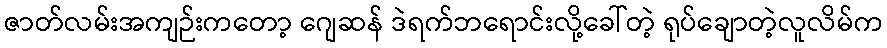
ဇာတ်လမ်းအကျဉ်းကတော့ ဂျေဆန် ဒဲရက်ဘရောင်းလို့ခေါ်တဲ့ ရုပ်ချောတဲ့လူလိမ်က